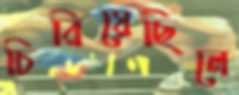
চিরিয়েছিলে